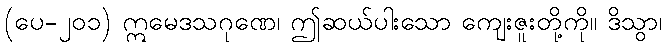
(ပေ-၂၀၁) ဣမေဒသဂုဏေ၊ ဤဆယ်ပါးသော ကျေးဇူးတို့ကို။ ဒိသွာ၊